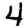
Digit: 4